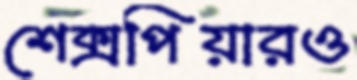
শেক্সপিয়ারও